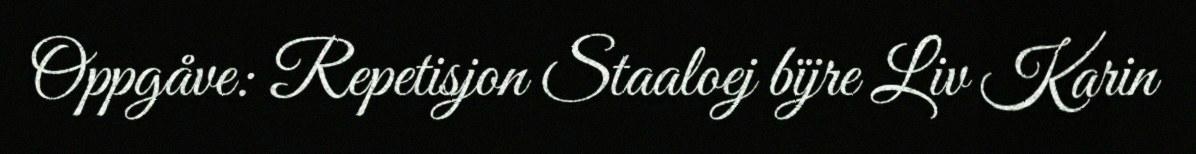
Oppgåve: Repetisjon Staaloej bïjre Liv Karin